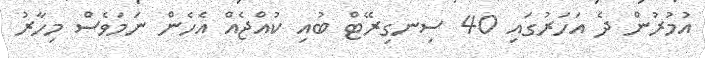
އުމުރުން ދެ އަހަރުގައި 40 ސިނގިރޭޓް ބުއި ކުއްޖެއް އެހެން ނަމަވެސް މިހާރު